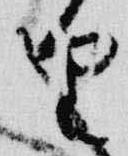
由